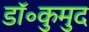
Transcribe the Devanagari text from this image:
डॉ॰कुमुद